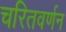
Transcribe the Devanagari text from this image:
चरितवर्णन